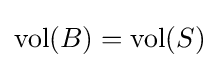
\operatorname {vol} (B)=\operatorname {vol} (S)